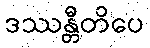
ဒဿန္တီတိပေ